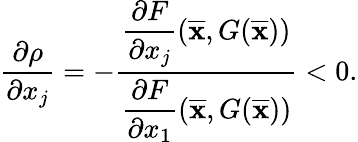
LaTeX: \begin{array}{r}{\displaystyle\frac{\partial\rho}{\partial x_{j}}=-\frac{\displaystyle\frac{\partial F}{\partial x_{j}}(\overline{\mathbf{x}},G(\overline{\mathbf{x}}))}{\displaystyle\frac{\partial F}{\partial x_{1}}(\overline{\mathbf{x}},G(\overline{\mathbf{x}}))}<0.}\end{array}